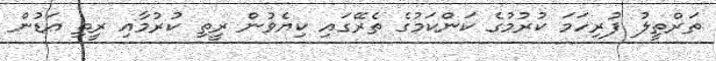
ތަރްތީލު ފުރިހަމަ ކުރުމުގެ ކަންކަމުގެ ތެރޭގައި ކިޔެވުން ރީތި ކުރުމާއި ރީތި އަޑުން